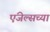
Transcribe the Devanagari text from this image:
एंजेल्सच्या